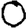
Digit: 0